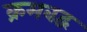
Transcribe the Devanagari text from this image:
क्रमबद्व